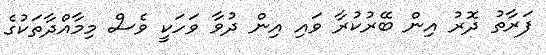
ފަރާތު ދޮރު އިން ބޭރުކުރާ ވައި އިން ދުވާ ވަހަކީ ވެސް މިމާއްދާތަކުގެ